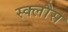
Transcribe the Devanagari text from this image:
स्क्लौस